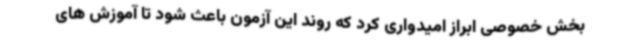
بخش خصوصی ابراز امیدواری کرد که روند این آزمون باعث شود تا آموزش های